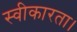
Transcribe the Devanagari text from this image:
स्वीकारता।